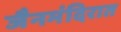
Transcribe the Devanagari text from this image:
जैनमंदिरात